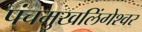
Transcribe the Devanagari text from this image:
पंचमुखलिंगेश्‍वर